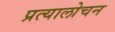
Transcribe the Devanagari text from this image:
प्रत्यालोचन